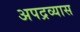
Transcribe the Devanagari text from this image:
अपद्रव्यास